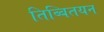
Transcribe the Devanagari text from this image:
तिब्बितयन